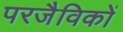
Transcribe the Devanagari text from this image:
परजैविकों